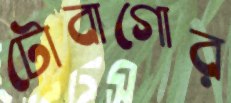
টোবাগোর